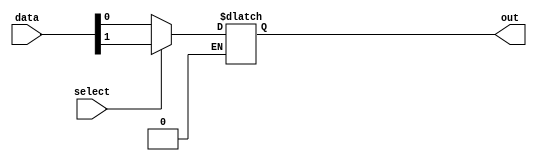
module mux_2to1 (
    input wire select,
    input wire [1:0] data,
    output reg out
);

always @(select, data) begin
    if (select == 1'b0)
        out = data[0];
    else if (select == 1'b1)
        out = data[1];
end

endmodule